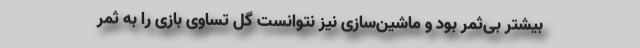
بیشتر بی‌ثمر بود و ماشین‌سازی نیز نتوانست گل تساوی بازی را به ثمر